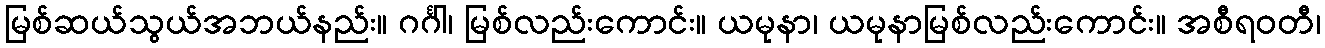
မြစ်ဆယ်သွယ်အဘယ်နည်း။ ဂင်္ဂါ၊ မြစ်လည်းကောင်း။ ယမုနာ၊ ယမုနာမြစ်လည်းကောင်း။ အစီရဝတီ၊